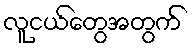
လူငယ်တွေအတွက်